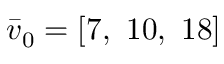
\boldsymbol { \bar { v } } _ { 0 } = [ 7 , \ 1 0 , \ 1 8 ]